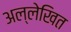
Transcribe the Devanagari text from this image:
अल्लेखित